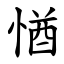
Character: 㥢